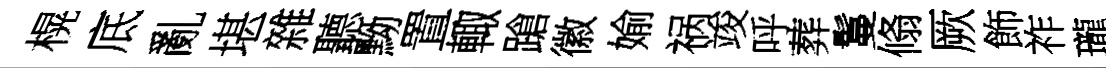
榥底亂堪雜聽黝置輙蹌徽媮祸竣呼葬鬘翛厥飾祚瓏